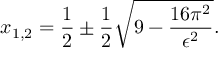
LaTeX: x _ { 1 , 2 } = \frac { 1 } { 2 } \pm \frac { 1 } { 2 } \sqrt { 9 - \frac { 1 6 \pi ^ { 2 } } { \epsilon ^ { 2 } } } .